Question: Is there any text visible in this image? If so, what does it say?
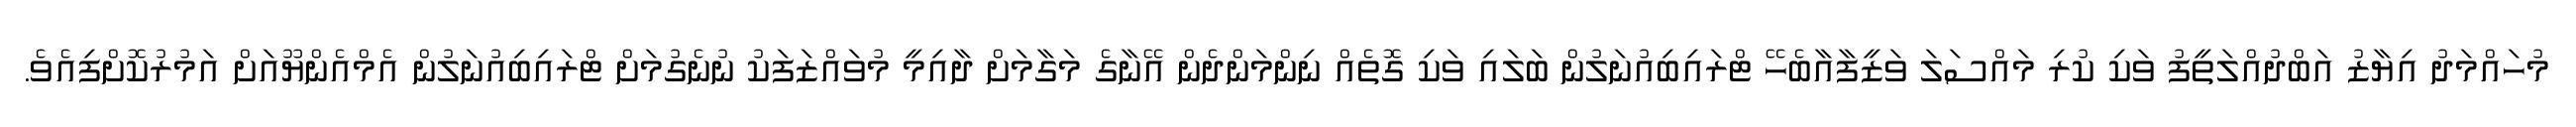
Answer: މުހައްމަދު އިޔާޒު އަބްދުއްލަތީފު ވަކި ކުރި މައްސަލަ ވަޒީފާއާބެހޭ ޓްރައިބިއުނަލުން ބަލައި ވަކި ގޮތެއް ނިންމަންދެން އޭނާގެ މަގާމަށް ދާއިމީ މުވައްޒަފަކު ނުނެގުމަށް ޓްރައިބިއުނަލުން އެމްއެންޔޫއަށް އަމުރުކޮށްފިއެވެ.